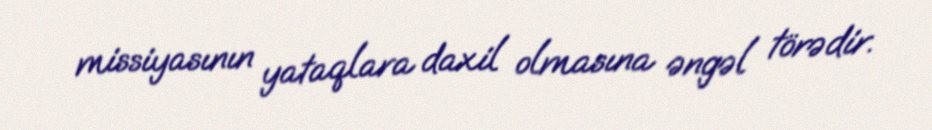
missiyasının yataqlara daxil olmasına əngəl törədir.